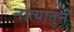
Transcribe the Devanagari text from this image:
नात्यातुन